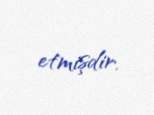
etmişdir.